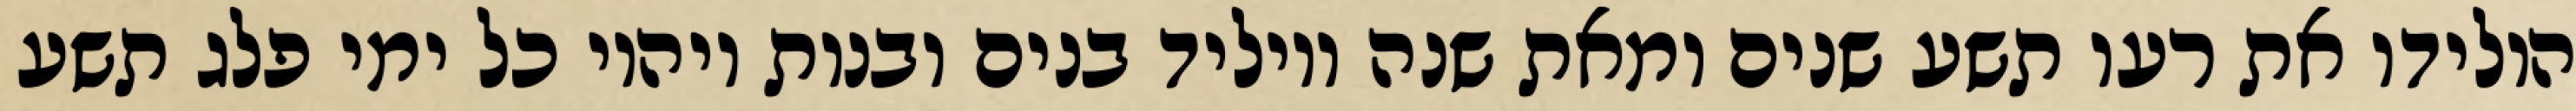
הולידו את רעו תשע שנים ומאת שנה ויוליד בנים ובנות ויהיו כל ימי פלג תשע